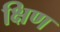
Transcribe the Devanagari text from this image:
क्षिण